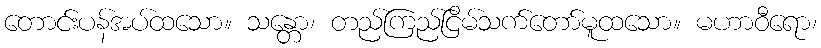
တောင်းပန်အပ်ထသော။ သန္တော၊ တည်ကြည်ငြိမ်သက်တော်မူထသော။ မဟာဝီရော၊